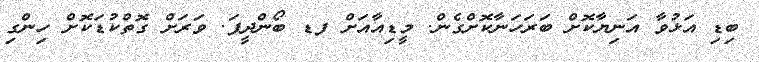
ބިޑި އަޅުވާ އަނިޔާކޮށް ބަރަހަނާކޮށްގެން. މީޑިއާއަށް ފޑ ބޯންދީފަ. ވަރަށް ގޮތްކުޑަކޮށް ހިންގި